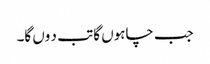
جب چاہوں گا تب د وں گا۔